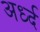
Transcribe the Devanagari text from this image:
अर्ध्द